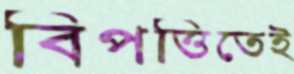
বিপত্তিতেই